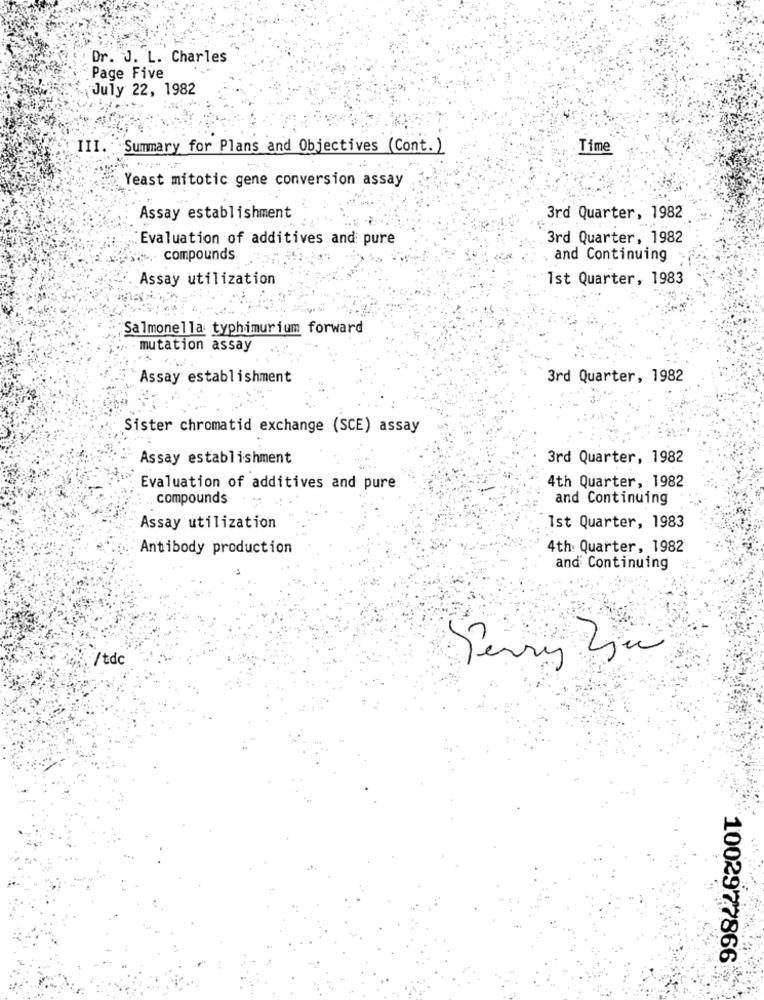
Dr. J. L. Charles
Page Five
July 22, 1982
III. : Summary for Plans and Objectives (Cont. )
Time
Yeast mitotic gene conversion assay
Assay establishment
3rd Quarter, 1982
:Evaluation of additives and pure
3rd Quarter, 1982
compounds
, and Continuing
Assay utilization
1st Quarter, 1983
Salmonella typhimurium forward
mutation assay
Assay establishment
3rd Quarter, 1982
Sister chromatid exchange (SCE) assay
Assay establishment
3rd Quarter, 1982
4th Quarter, 1982
Evaluation of additives and pure
compounds
and Continuing
Assay utilization
Ist Quarter, 1983
Antibody production
4th Quarter, 1982
and Continuing
/tdc
1002977866